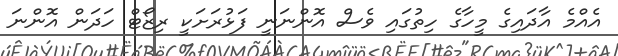
އެއްމެ އާދައިގެ މީހާގެ ހިތުގައި ވެސް އޮންނަނީ ފަޅުރަށަކީ ރިޒޯޓް ހަދަން އޮންނަ